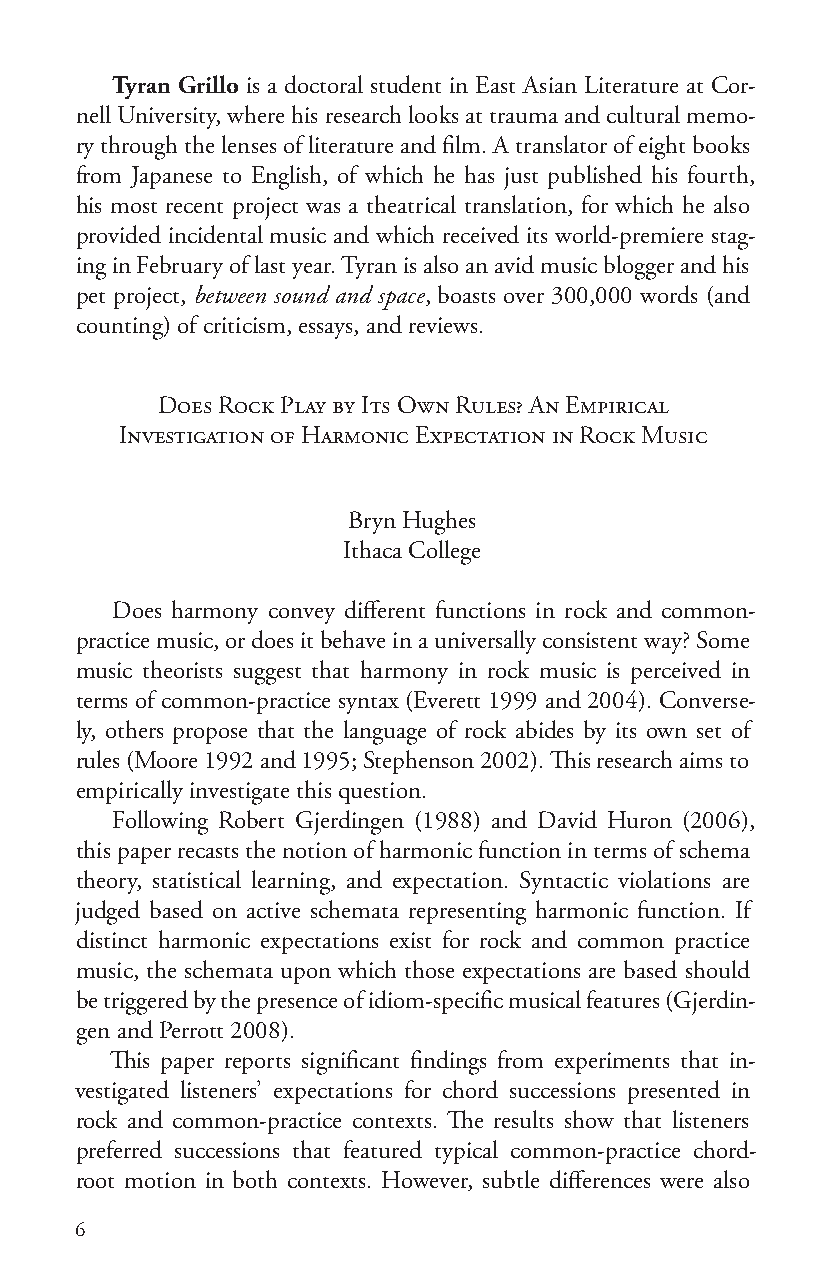
Tyran Grillo is a doctoral student in East Asian Literature at Cor-
 nell University, where his research looks at trauma and cultural memo-
 ry through the lenses of literature and film. A translator of eight books
 from Japanese to English, of which he has just published his fourth,
 his most recent project was a theatrical translation, for which he also
 provided incidental music and which received its world-premiere stag-
 ing in February of last year. Tyran is also an avid music blogger and his
 pet project, between sound and space, boasts over 300,000 words (and
 counting) of criticism, essays, and reviews.
 Does Rock Play by Its Own Rules? An Empirical
 Investigation of Harmonic Expectation in Rock Music
 Bryn Hughes
 Ithaca College
 Does harmony convey different functions in rock and common-
 practice music, or does it behave in a universally consistent way? Some
 music theorists suggest that harmony in rock music is perceived in
 terms of common-practice syntax (Everett 1999 and 2004). Converse-
 ly, others propose that the language of rock abides by its own set of
 rules (Moore 1992 and 1995; Stephenson 2002). This research aims to
 empirically investigate this question.
 Following Robert Gjerdingen (1988) and David Huron (2006),
 this paper recasts the notion of harmonic function in terms of schema
 theory, statistical learning, and expectation. Syntactic violations are
 judged based on active schemata representing harmonic function. If
 distinct harmonic expectations exist for rock and common practice
 music, the schemata upon which those expectations are based should
 be triggered by the presence of idiom-specific musical features (Gjerdin-
 gen and Perrott 2008).
 This paper reports significant findings from experiments that in-
 vestigated listeners’ expectations for chord successions presented in
 rock and common-practice contexts. The results show that listeners
 preferred successions that featured typical common-practice chord-
 root motion in both contexts. However, subtle differences were also
 6